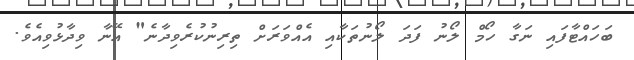
ބަހައްޓާފައި ނަގާ ހޯމް ލޯނު ފަދަ ލޯނުތަކާއި އެއްވަރަށް ތިރިނުކުރެވިދާނެ" އޭނާ ވިދާޅުވިއެވެ.